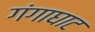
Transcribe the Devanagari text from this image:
गंगाघाट